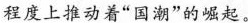
程度上推动着”国潮”的崛起。